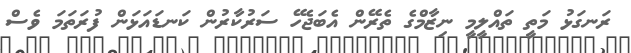
ރަނގަޅު މަތީ ތައްލީމީ ނިޒާމްގެ ތެރޭން އެބަޖެހޭ ސަރުކާރުން ކަނޑައަޅަން ފުރަތަމަ ވެސް